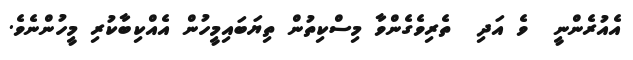
އެއުރެންނީ  ވެ އަދި  ތެރިވެގެންވާ މިސްކިތުން ތިޔަބައިމީހުން އެއްކިބާކުރި މީހުންނެވެ.